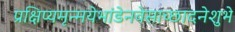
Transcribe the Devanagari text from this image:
प्रक्षिप्यमृन्मयेभांडेनवेसाच्छादनेशुभे